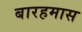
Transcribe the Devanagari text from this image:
बारहमास